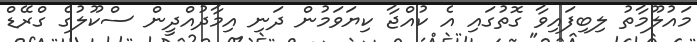
މައުލޫމާތު ލިބިފައިވާ ގޮތުގައި އެ ކުއްޖާ ކިޔަވަމުން ދަނި އިމާދުއްދީން ސްކޫލުގެ ގްރޭޑް